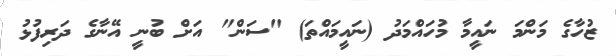
ޒުހާގެ މަންމަ ނައީމާ މުހައްމަދު (ނައީމައްތަ) "ސަން" އަށް ބުނީ އޭނާގެ ދަރިފުޅު